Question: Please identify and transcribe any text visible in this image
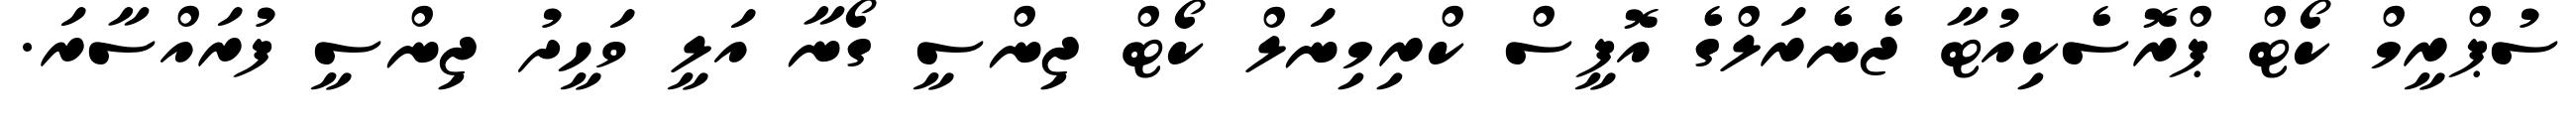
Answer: ސުޕްރީމް ކޯޓް ޕްރޮސެކިއުޓާ ޖެނެރަލްގެ އޮފީސް ކްރިމިނަލް ކޯޓް ޖިންސީ ގޯނާ އަލީ ވަހީދު ޖިންސީ ފުރައްސާރަ.